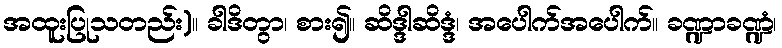
အထူးပြုသတည်း)။ ခါဒိတွာ၊ စား၍။ ဆိဒ္ဒါဆိဒ္ဒံ၊ အပေါက်အပေါက်။ ခဏ္ဍာခဏ္ဍံ၊